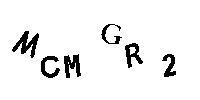
MCMGR2